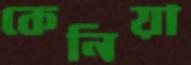
কেনিয়া